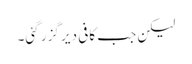
لیکن جب کافی دیر گزر گئی۔